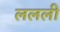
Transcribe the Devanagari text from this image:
ललली